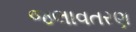
જલાવતરણ